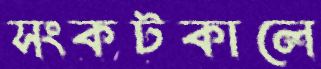
সংকটকালে